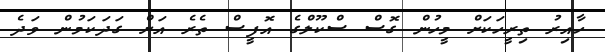
ހާއިރު ތިރީހަކަށް މީހުން ގޮސް ސްކޫލްގެ އޮފީސް ތެރެ އަށް ގަދަކަމުން ވަދެ